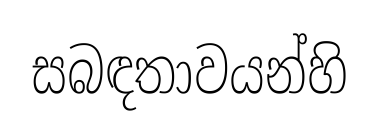
සබඳතාවයන්හි